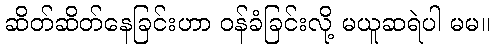
ဆိတ်ဆိတ်နေခြင်းဟာ ဝန်ခံခြင်းလို့ မယူဆရဲပါ မမ။